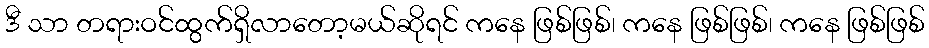
ဒီ သာ တရားဝင်ထွက်ရှိလာတော့မယ်ဆိုရင် ကနေ ဖြစ်ဖြစ်၊ ကနေ ဖြစ်ဖြစ်၊ ကနေ ဖြစ်ဖြစ်